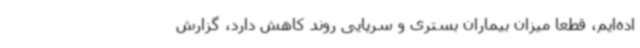
اده‌ایم، قطعا میزان بیماران بستری و سرپایی روند کاهش دارد، گزارش